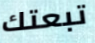
تبعتك